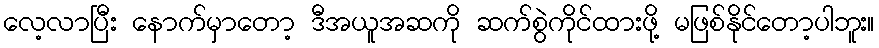
လေ့လာပြီး နောက်မှာတော့ ဒီအယူအဆကို ဆက်စွဲကိုင်ထားဖို့ မဖြစ်နိုင်တော့ပါဘူး။